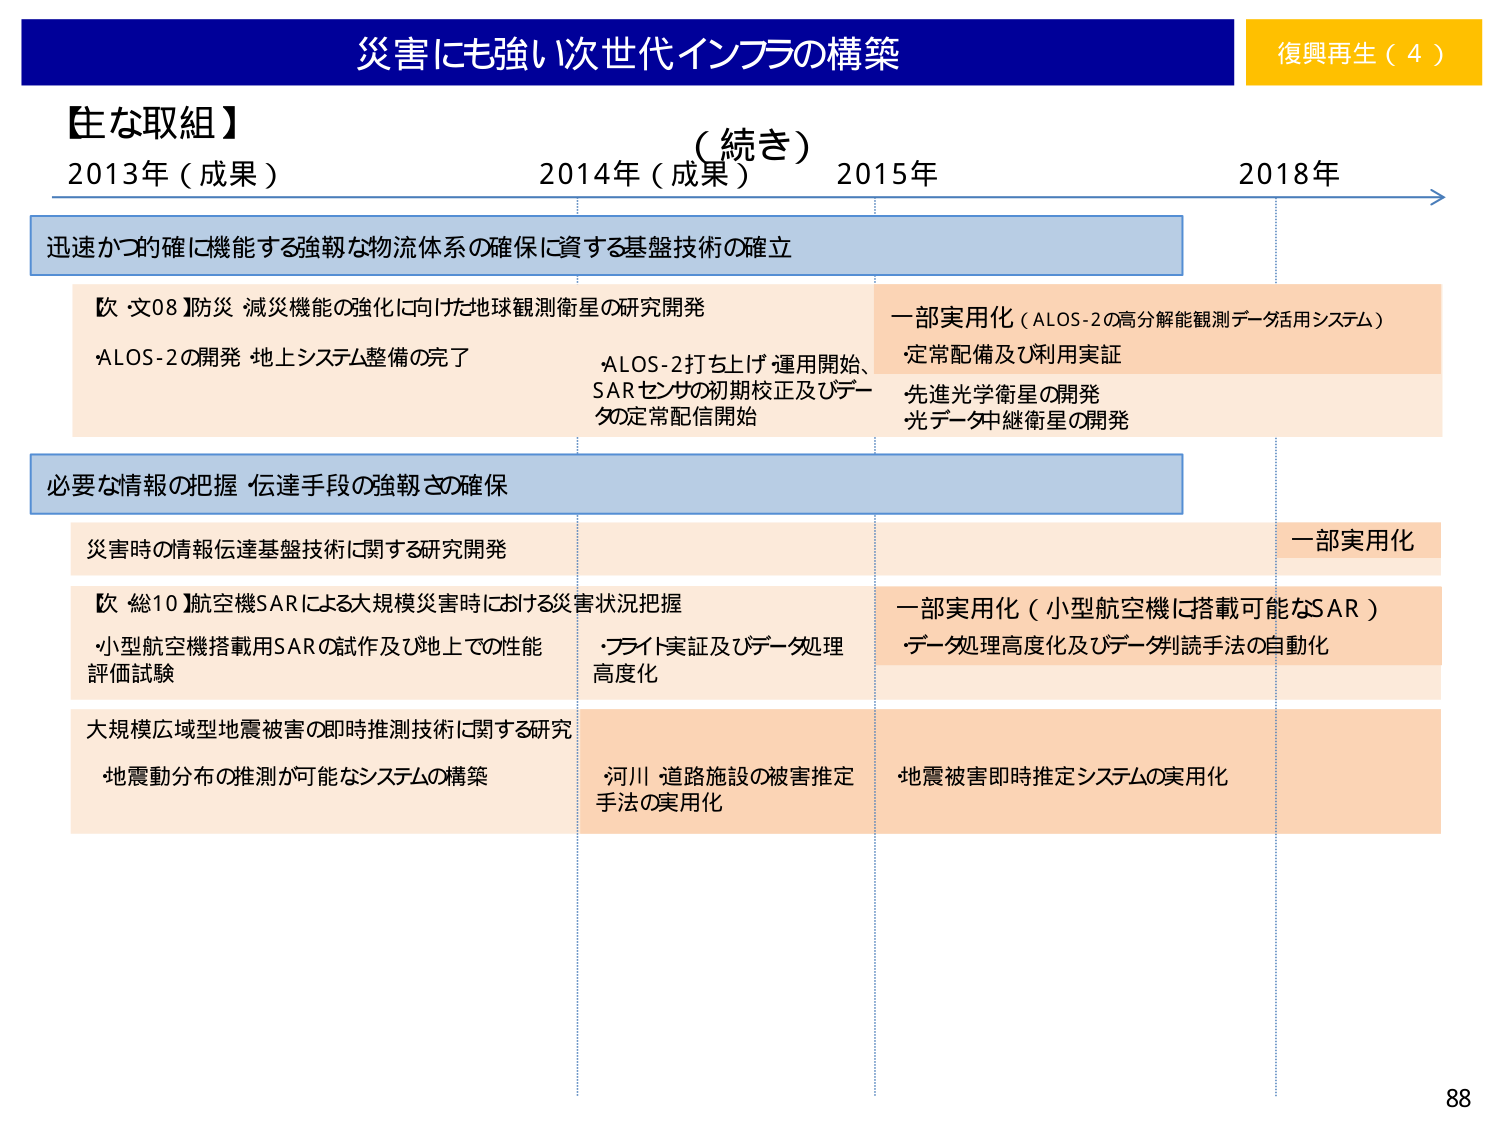
災害にも強い次世代インフラの構築
復興再生（4）

【主な取組】
（続き）
2013年（成果）　2014年（成果）　2015年　2018年

迅速かつ的確に機能する強靭な物流体系の確保に資する基盤技術の確立

【次 文08】防災・減災機能の強化に向けた地球観測衛星の研究開発
・ALOS-2の開発 地上システム整備の完了
・ALOS-2打ち上げ 運用開始、
SARセンサの初期校正及びデータ定常配信開始
一部実用化（ALOS-2の高分解能観測データ活用システム）
定常配備及び利用実証
先進光学衛星の開発
光データ中継衛星の開発

必要な情報の把握・伝達手段の強靭さの確保

災害時の情報伝達基盤技術に関する研究開発
一部実用化

【次 総10】航空機SARによる大規模災害時における災害状況把握
・小型航空機搭載用SARの試作及び地上での性能評価試験
・フライト実証及びデータ処理高度化
一部実用化（小型航空機に搭載可能なSAR）
データ処理高度化及びデータ判読手法の自動化

大規模広域型地震被害の即時推測技術に関する研究
・地震動分布の推測が可能なシステムの構築
・河川・道路施設の被害推定手法の実用化
地震被害即時推定システムの実用化

88